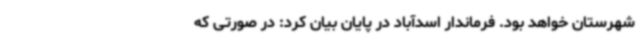
شهرستان خواهد بود. فرماندار اسدآباد در پایان بیان کرد: در صورتی که